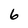
Character: 6